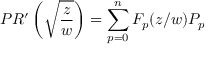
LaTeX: P R ^ { \prime } \left( \sqrt { \frac { z } { w } } \right) = \sum _ { p = 0 } ^ { n } F _ { p } ( z / w ) P _ { p }